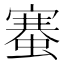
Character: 䗙